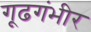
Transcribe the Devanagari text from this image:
गूढगंभीर